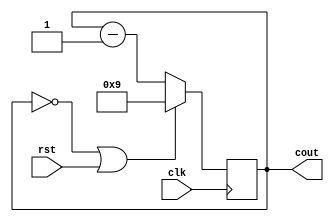
module mod10(
    input clk,
    input rst,
    output reg [3:0] cout=4'b1001
);

always @(posedge clk)
begin
    if(cout==4'b0000 || rst) 
    cout = 4'b1001;
    else
    cout = cout - 4'b0001;
end

endmodule